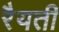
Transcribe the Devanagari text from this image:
रैयती